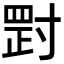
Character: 𡬺